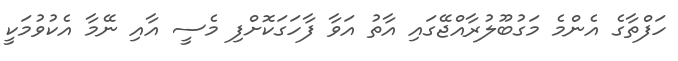
ހަފްތާގެ އެންމެ މަގުބޫލުރާއްޖޭގައި އާތު އަވާ ފާހަގަކޮށްފި މެސީ އާއި ނޭމާ އެކުވުމަކީ